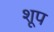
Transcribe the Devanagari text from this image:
शूप